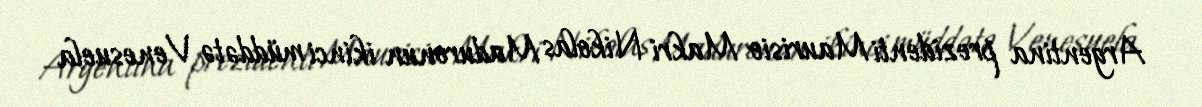
Argentina prezidenti Maurisio Makri Nikolas Maduronun ikinci müddətə Venesuela